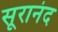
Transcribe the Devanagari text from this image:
सूरानंद